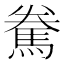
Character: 駦